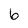
Character: 6